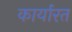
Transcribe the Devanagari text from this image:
कार्यारत